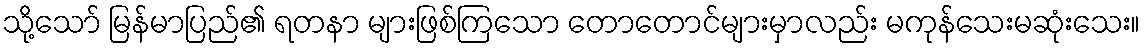
သို့သော် မြန်မာပြည်၏ ရတနာ များဖြစ်ကြသော တောတောင်များမှာလည်း မကုန်သေးမဆုံးသေး။